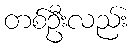
တစ်ဦးလည်း